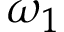
\omega _ { 1 }